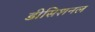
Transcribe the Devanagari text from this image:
डीसिशनल